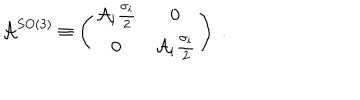
LaTeX: \mathcal { A } ^ { S O ( 3 ) } \equiv \left( \begin{array} { c c } { { \mathcal { A } _ { i } \frac { \sigma _ { i } } { 2 } } } & { { 0 } } \\ { { 0 } } & { { \mathcal { A } _ { i } \frac { \sigma _ { i } } { 2 } } } \\ \end{array} \right) \; .